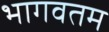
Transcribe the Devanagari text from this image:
भागवतम